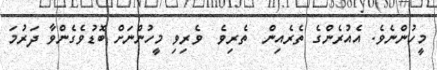
މީހުންނެވެ. އެއުރެންގެ ތެރެއިން  ތެރިވެ  ވެރިވި މީހުންނަށް ބޮޑުވެގެންވާ ދަރުމަ